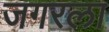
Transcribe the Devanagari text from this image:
जगरला